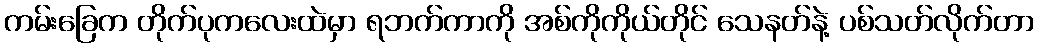
ကမ်းခြေက တိုက်ပုကလေးထဲမှာ ရဘက်ကာကို အစ်ကိုကိုယ်တိုင် သေနတ်နဲ့ ပစ်သတ်လိုက်တာ